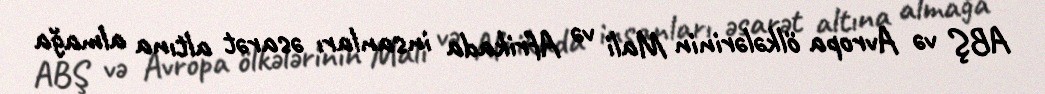
ABŞ və Avropa ölkələrinin Mali və Afrikada insanları əsarət altına almağa